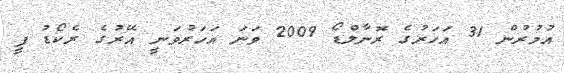
އުމުރުން 31 އަހަރުގެ ރޮނާލްޑޯ 2009 ވަނަ އަހަރުވަނީ އޭރުގެ ރެކޯޑު ފީ